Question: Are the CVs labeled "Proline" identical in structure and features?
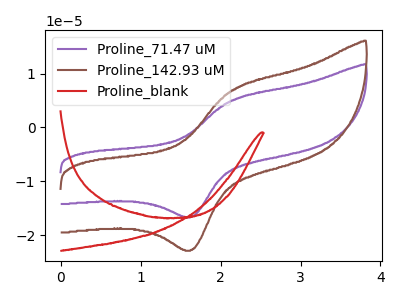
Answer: <think>The purple curve "Proline_71.47 uM" has an anodic peak at (2.15V, 5.00uA) and a cathodic peak at (1.65V, -16.60uA). The brown curve "Proline_142.93 uM" has an anodic peak at (2.15V, 6.90uA) and a cathodic peak at (1.65V, -22.75uA). The red curve "Proline_blank" has no peaks.
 All the peaks in "Proline_71.47 uM" have a peak in "Proline_142.93 uM" at the same potential. Every peak in "Proline_71.47 uM" is lower than every peak in "Proline_142.93 uM". "Proline_71.47 uM" and "Proline_blank" have a different number of peaks. "Proline_142.93 uM" and "Proline_blank" have a different number of peaks.</think>
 <answer>All the CV's of "Proline" have similar shape.</answer>
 <eval>follow_rule</eval>